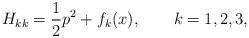
LaTeX: \begin{align*}H_{kk} = \frac{1}{2} p^2 + f_k (x),\qquad k = 1,2,3,\end{align*}